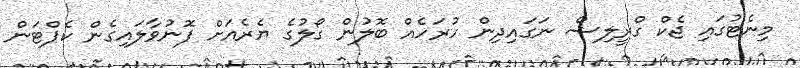
މިނެޓުގައި ޖެކް ގްރީލިޝް ނަގައިދިން ހުރަހެއް ބޮލުން ގޯލުގެ ޔެރެއަށް ފޮނުވާލައިގެން ކެޕްޓަން